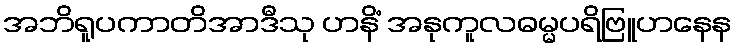
အဘိရူပကာတိအာဒီသု ဟနိံ အနုကူလဓမ္မပရိဗြူဟနေန